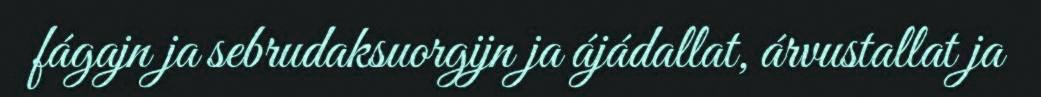
fágajn ja sebrudaksuorgijn ja ájádallat, árvustallat ja